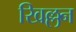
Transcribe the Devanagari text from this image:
खिल्लन